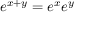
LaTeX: e ^ { x + y } = e ^ { x } e ^ { y }